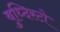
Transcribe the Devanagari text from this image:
बुध्दिस्टो